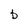
Character: b